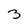
Character: 3